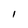
Character: I